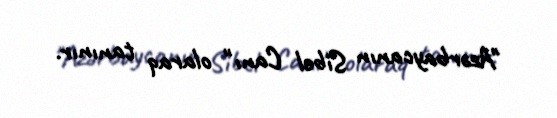
"Azərbaycanın Sibel Canı" olaraq tanınır.